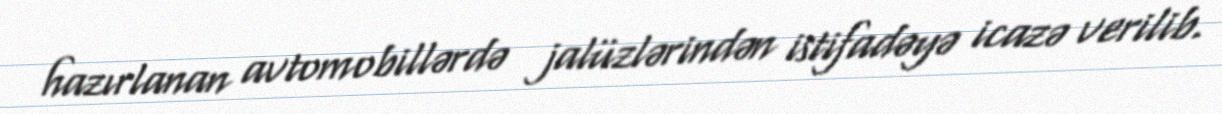
hazırlanan avtomobillərdə jalüzlərindən istifadəyə icazə verilib.